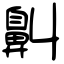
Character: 鼼